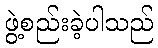
ဖွဲ့စည်းခဲ့ပါသည်